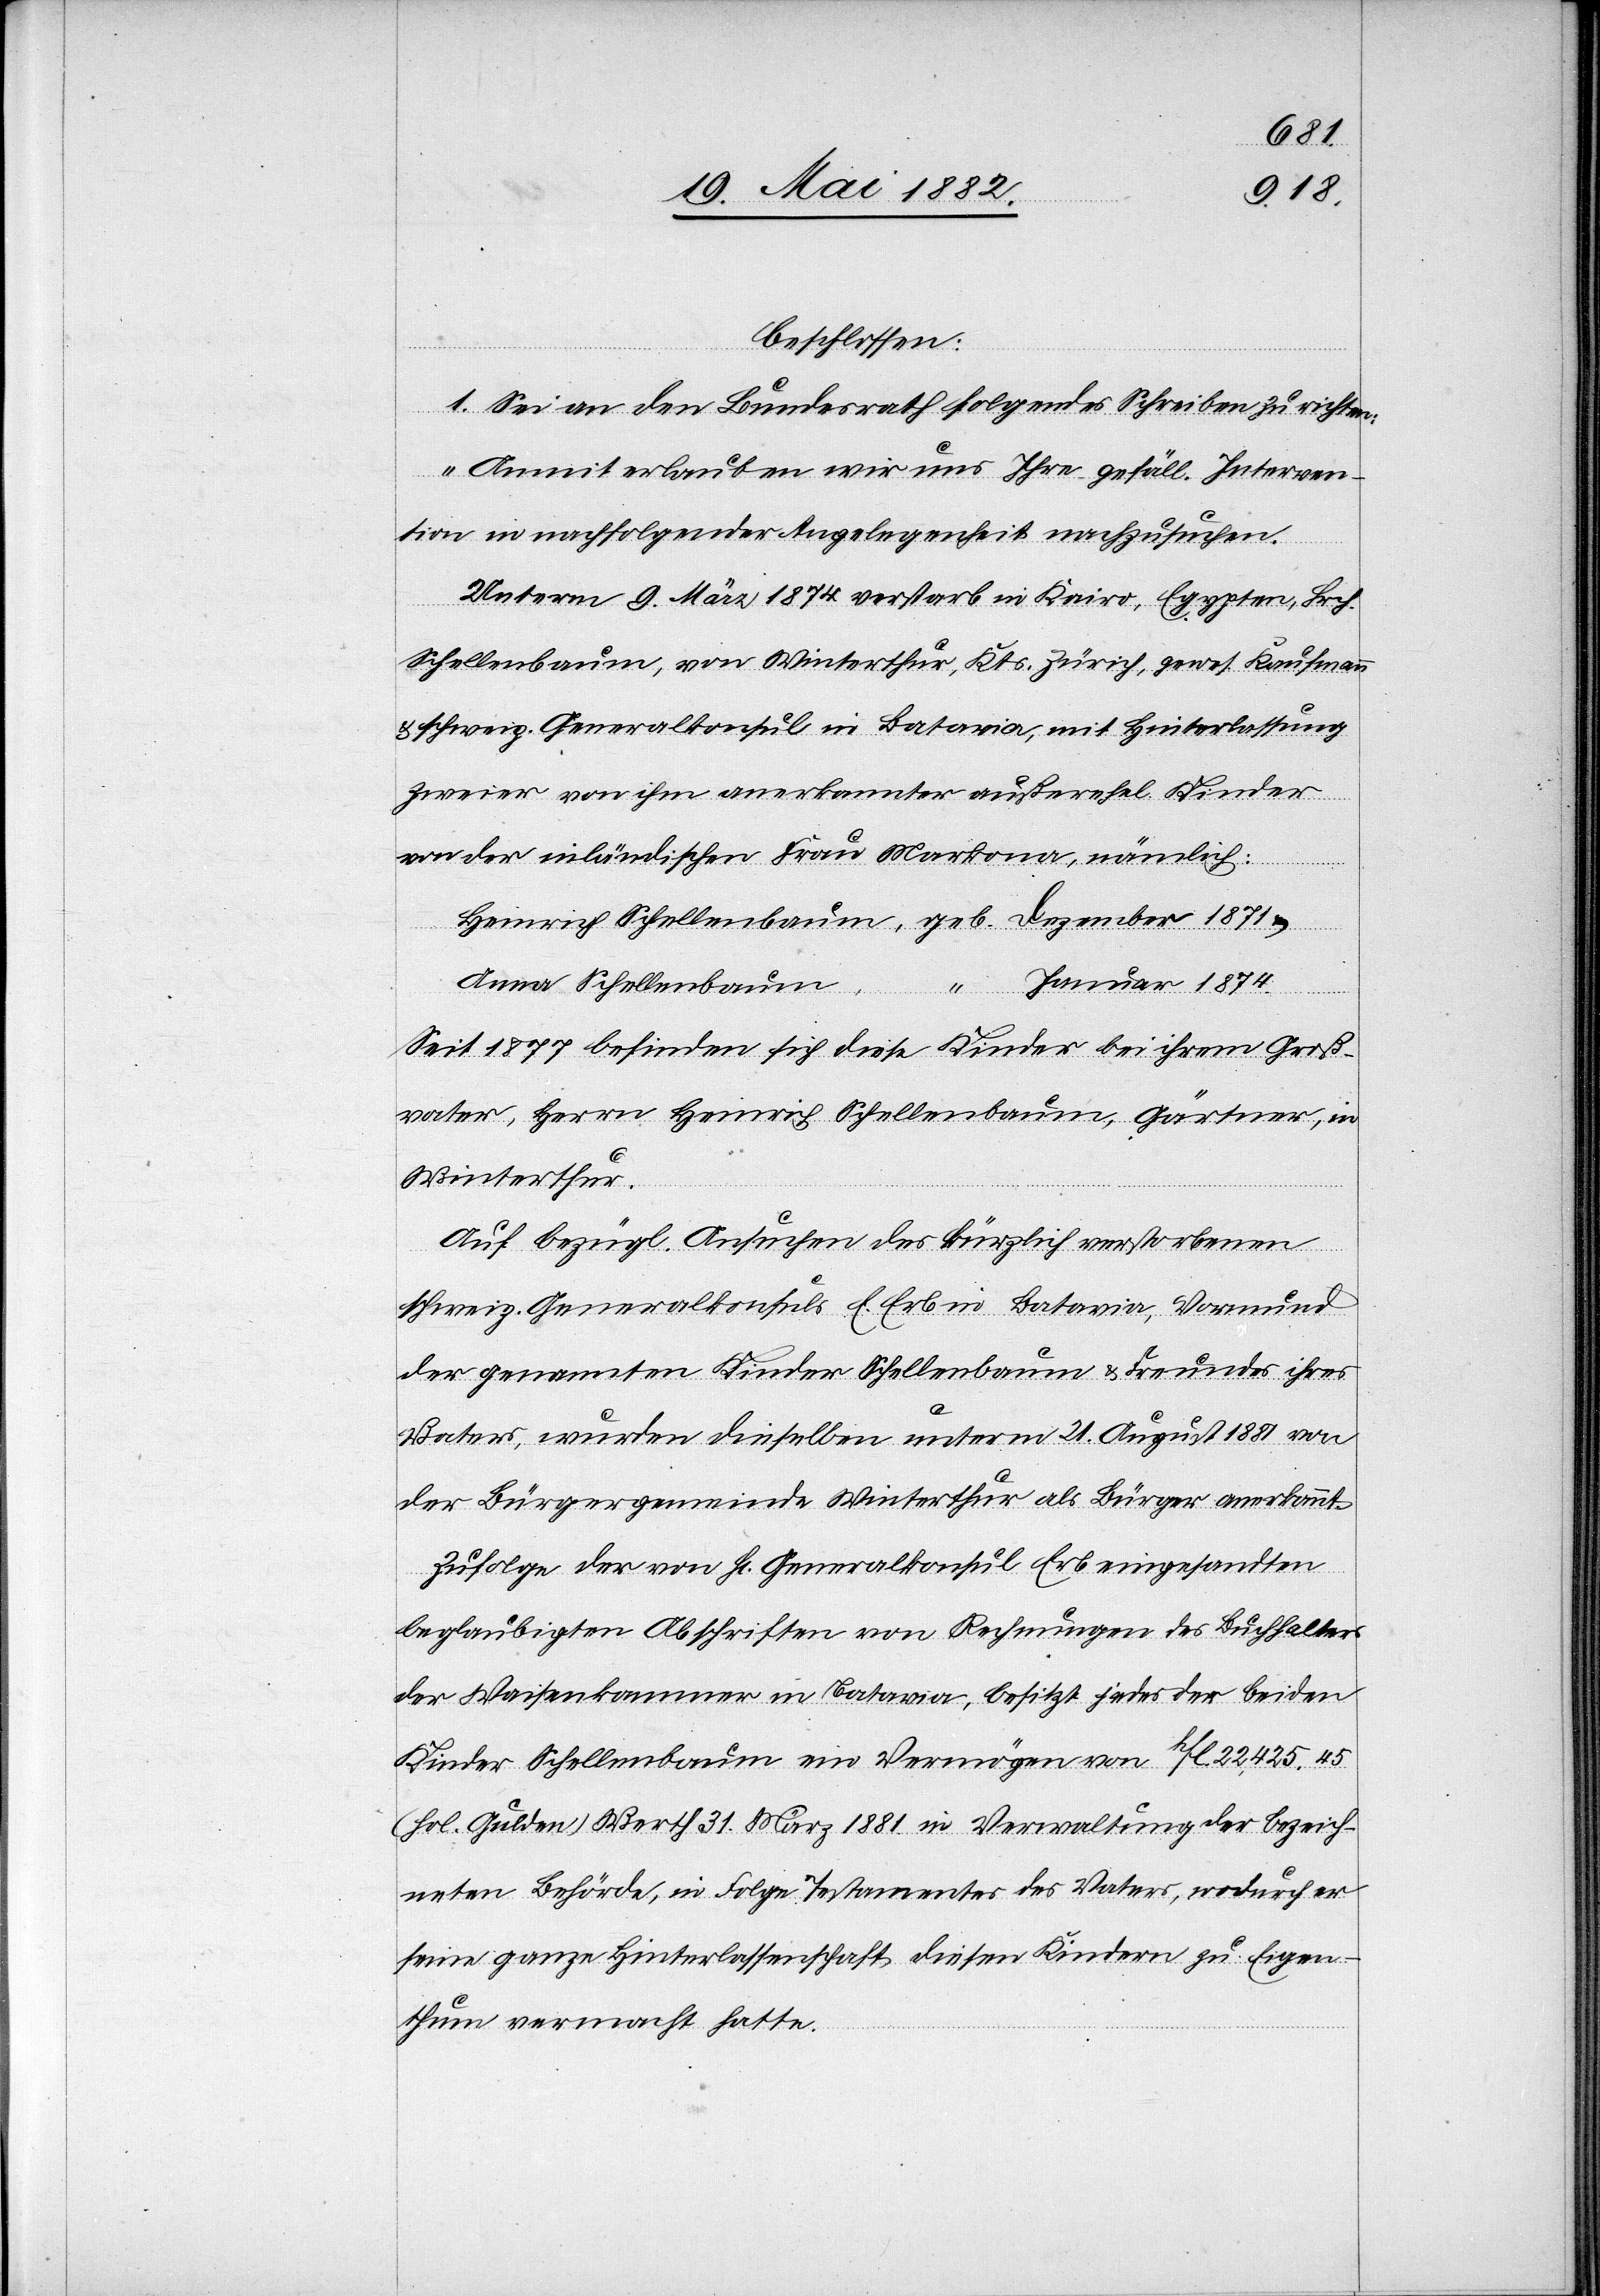
beschlossen:
1. Sei an den Bundesrath folgendes Schreiben zu richten:
„Anmit erlauben wir uns Ihre gefäll. Interven¬
tion in nachfolgender Angelegenheit nachzusuchen.
Unterm 9. März 1874 verstarb in Kairo, Egypten, Hrch.
Schellenbaum. von Winterthur, Kts. Zürich, gewes. Kaufmann
schweiz. Generalkonsul in Batavia, mit Hinterlassung
zweier von ihm anerkannter außerehel. Kinder
von der inländischen Frau Markona, nämlich:
Heinrich Schellenbaum, geb. Dezember 1871 &
Januar 1874.
Anna Schellenbaum,
Seit 1877 befinden sich diese Kinder bei ihrem Groß¬
vater, Herrn Heinrich Schellenbaum, Gärtner, in
Winterthur.
Auf bezügl. Ansuchen des kürzlich verstorbenen
schweiz. Generalkonsuls E. Erb in Batavia, Vormund
der genannten Kinder Schellenbaum & Freundes ihres
Vaters, wurden dieselben unterm 21. August 1881 von
der Bürgergemeinde Winterthur als Bürger anerkannt.
Zufolge der von H[rn]. Generalkonsul Erb eingesandten
beglaubigten Abschriften von Rechnungen des Buchhalters
der Waisenkammer in Batavia, besitzt jeder der beiden
Kinder Schellenbaum ein Vermögen von hFl. 22,425.45
(hol. Gulden) Werth 31. März 1881 in Verwaltung der bezeich¬
neten Behörde, in Folge Testamentes des Vaters, wodurch er
seine ganze Hinterlassenschaft diesen Kindern zu Eigenthum